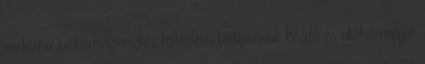
esetén a szabadságvesztés hátralévő tartamának kezdő és utolsó napját